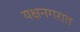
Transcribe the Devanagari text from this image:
यक्षनगरात